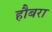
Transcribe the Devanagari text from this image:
हौबरा